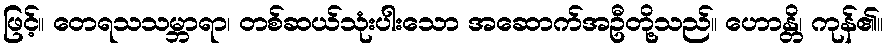
ဖြင့်။ တေရသသမ္ဘာရာ၊ တစ်ဆယ်သုံးပါးသော အဆောက်အဦတို့သည်။ ဟောန္တိ၊ ကုန်၏။